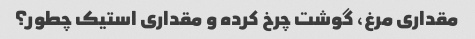
مقداری مرغ، گوشت چرخ کرده و مقداری استیک چطور؟